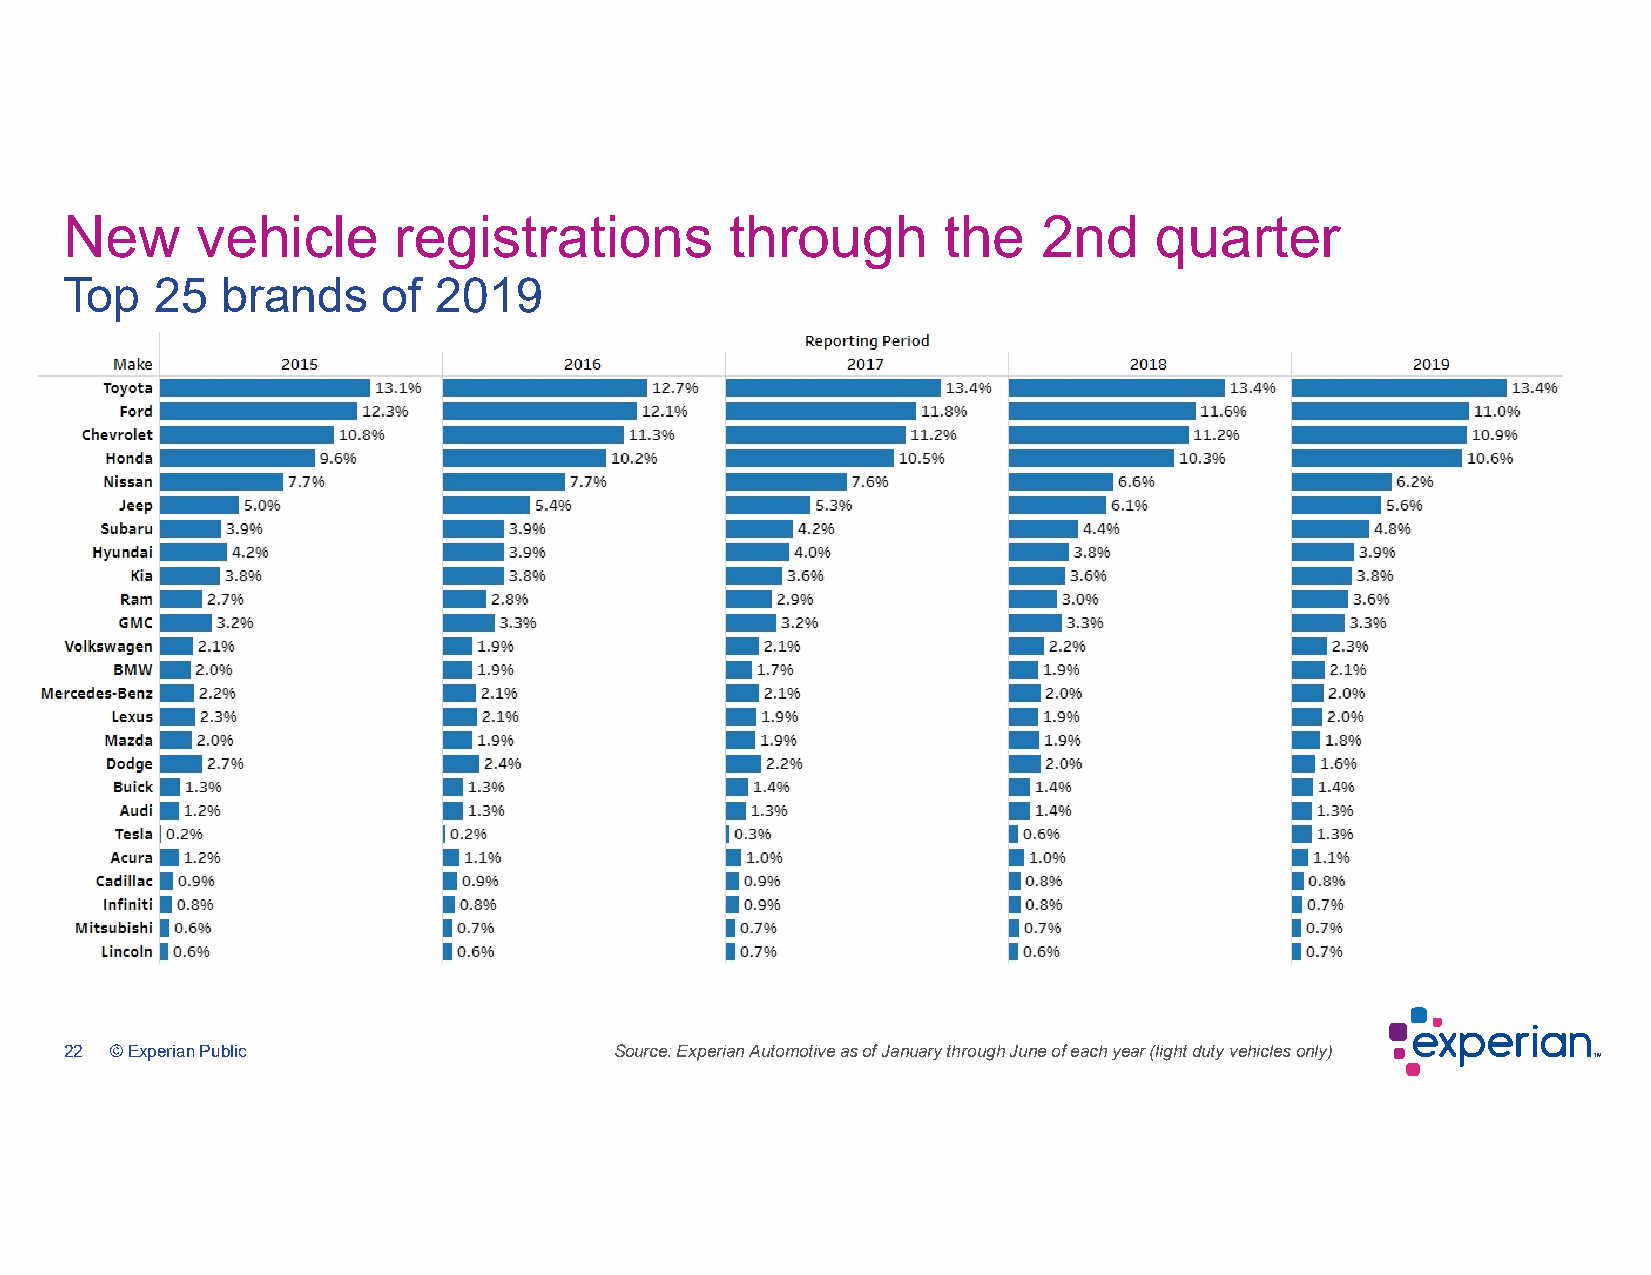
New      vehicle      registrations         through       the    2nd    quarter
 Top   25   brands    of  2019
 22 © Experian Public                 Source: Experian Automotive as of January through June of each year (light duty vehicles only)